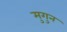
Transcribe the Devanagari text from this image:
मुगुन